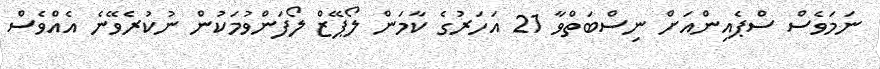
ނަމަވެސް ސްޕެއިންއަށް ނިސްބަތްވާ 21 އަހަރުގެ ކާމަން ލޯޕޭޒް ލޯފަންވުމަކުން ނުކުރެވޭނެ އެއްވެސް